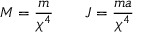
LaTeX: M = \frac { m } { \chi ^ { 4 } } \qquad J = \frac { m a } { \chi ^ { 4 } }